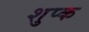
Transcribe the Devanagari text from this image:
शुप्क